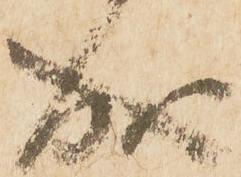
成